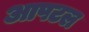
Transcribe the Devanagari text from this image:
आपटल